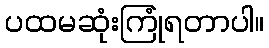
ပထမဆုံးကြုံရတာပါ။